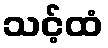
သင့်ထံ